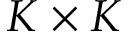
K \times K